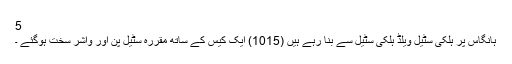
5
ہانگاس پر ہلکی سٹیل ویلڈ ہلکی سٹیل سے بنا رہے ہیں (1015) ایک کیس کے ساتھ مقررہ سٹیل پن اور واشر سخت ہوگئے ۔